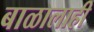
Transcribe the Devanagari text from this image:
बाळालाही